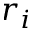
r _ { i }